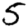
Digit: 5